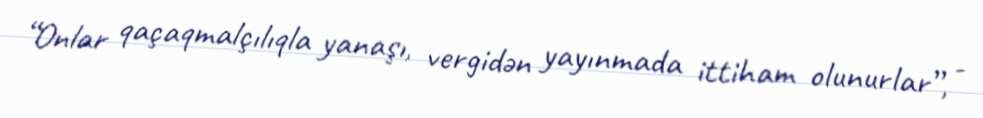
“Onlar qaçaqmalçılıqla yanaşı, vergidən yayınmada ittiham olunurlar”, -